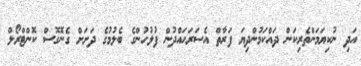
އަދި ނުކިޔަމަންތެރިކަން ދައްކަމުންދިޔަ ފަރާތް އެސަރަހައްދުން ފުލުހުންގެ ބެލުމުގެ ދަށަށް ގެނޮގޮސް ކޮންޓްރޯލް